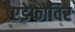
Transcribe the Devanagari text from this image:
एडेफोविर